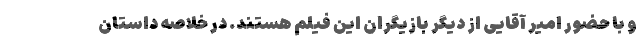
و با حضور امیر آقایی از دیگر بازیگران این فیلم هستند. در خلاصه داستان